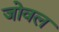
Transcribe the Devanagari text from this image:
जोवल